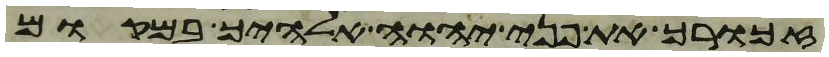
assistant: זכורך את פני יהוה אלהיך במקום